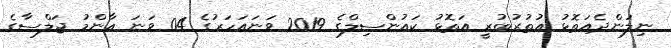
ނިލަންދެއަތޮޅު އުތުރުބުރީ އަތޮޅު ކައުންސިލްގެ 2019 ވަނައަހަރުގެ 04 ވަނަ ޢާންމު ޖަލްސާގެ